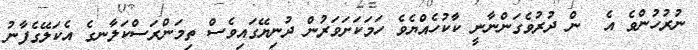
ނުރުހުންވެ އެ  ން ދުރުވެގަންނާނީ ކާކުހެއްޔެވެ ހަމަކަށަވަރުން ދުނިޔޭގައިވެސް ތިމަންރަސްކަލާނގެ އެކަލޭގެފާނު